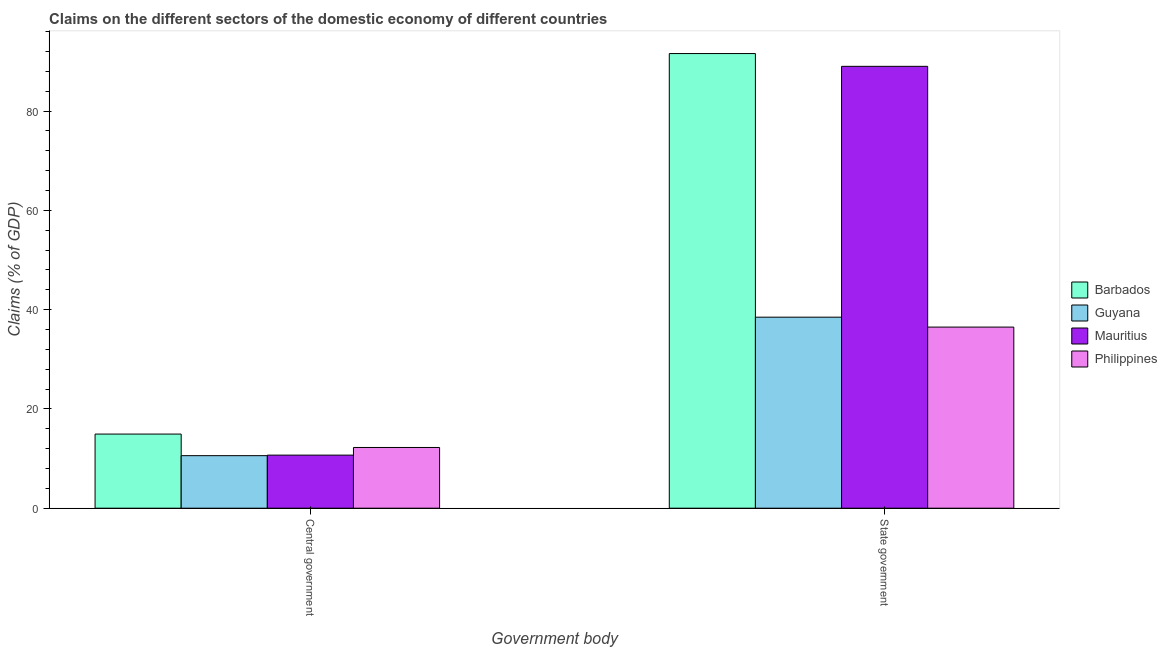
| Government body | Barbados | Guyana | Mauritius | Philippines |
 | --- | --- | --- | --- | --- |
 | Central government | 14.9 | 10.6 | 10.7 | 12.2 |
 | State government | 91.6 | 38.5 | 89 | 36.5 |